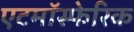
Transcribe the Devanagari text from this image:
एटमॉस्फेरिक